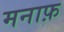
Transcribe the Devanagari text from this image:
मनाफ़